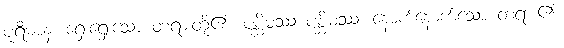
ပုရိမာနံ၊ ရှေးရှေးသော တရားတို့၏။ ပစ္ဆိမဿ ပစ္ဆိမဿ၊ နောက်နောက်သော တရား၏။